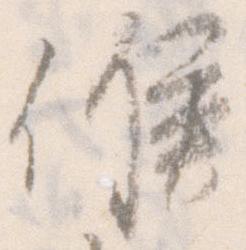
候